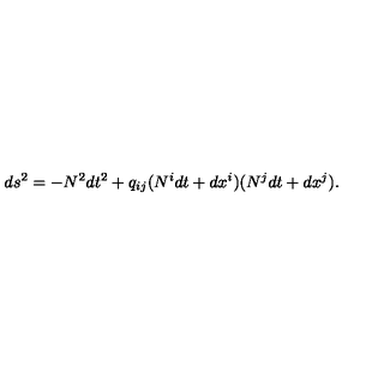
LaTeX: d s ^ { 2 } = - N ^ { 2 } d t ^ { 2 } + q _ { i j } ( N ^ { i } d t + d x ^ { i } ) ( N ^ { j } d t + d x ^ { j } ) .